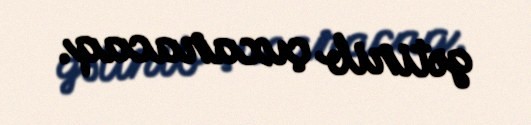
gətirib çıxaracaq.